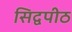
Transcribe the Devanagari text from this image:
सिद्वपीठ